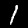
Digit: 1